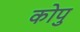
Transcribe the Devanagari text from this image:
कोपु